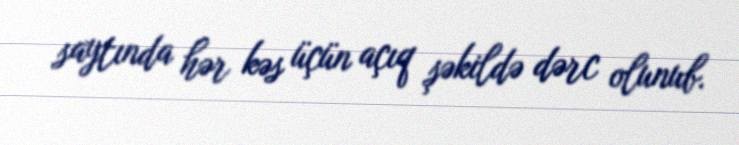
saytında hər kəs üçün açıq şəkildə dərc olunub.